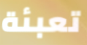
تعبئة